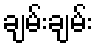
ချမ်းချမ်း